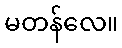
မတန်လေ။